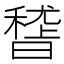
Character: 𥡳